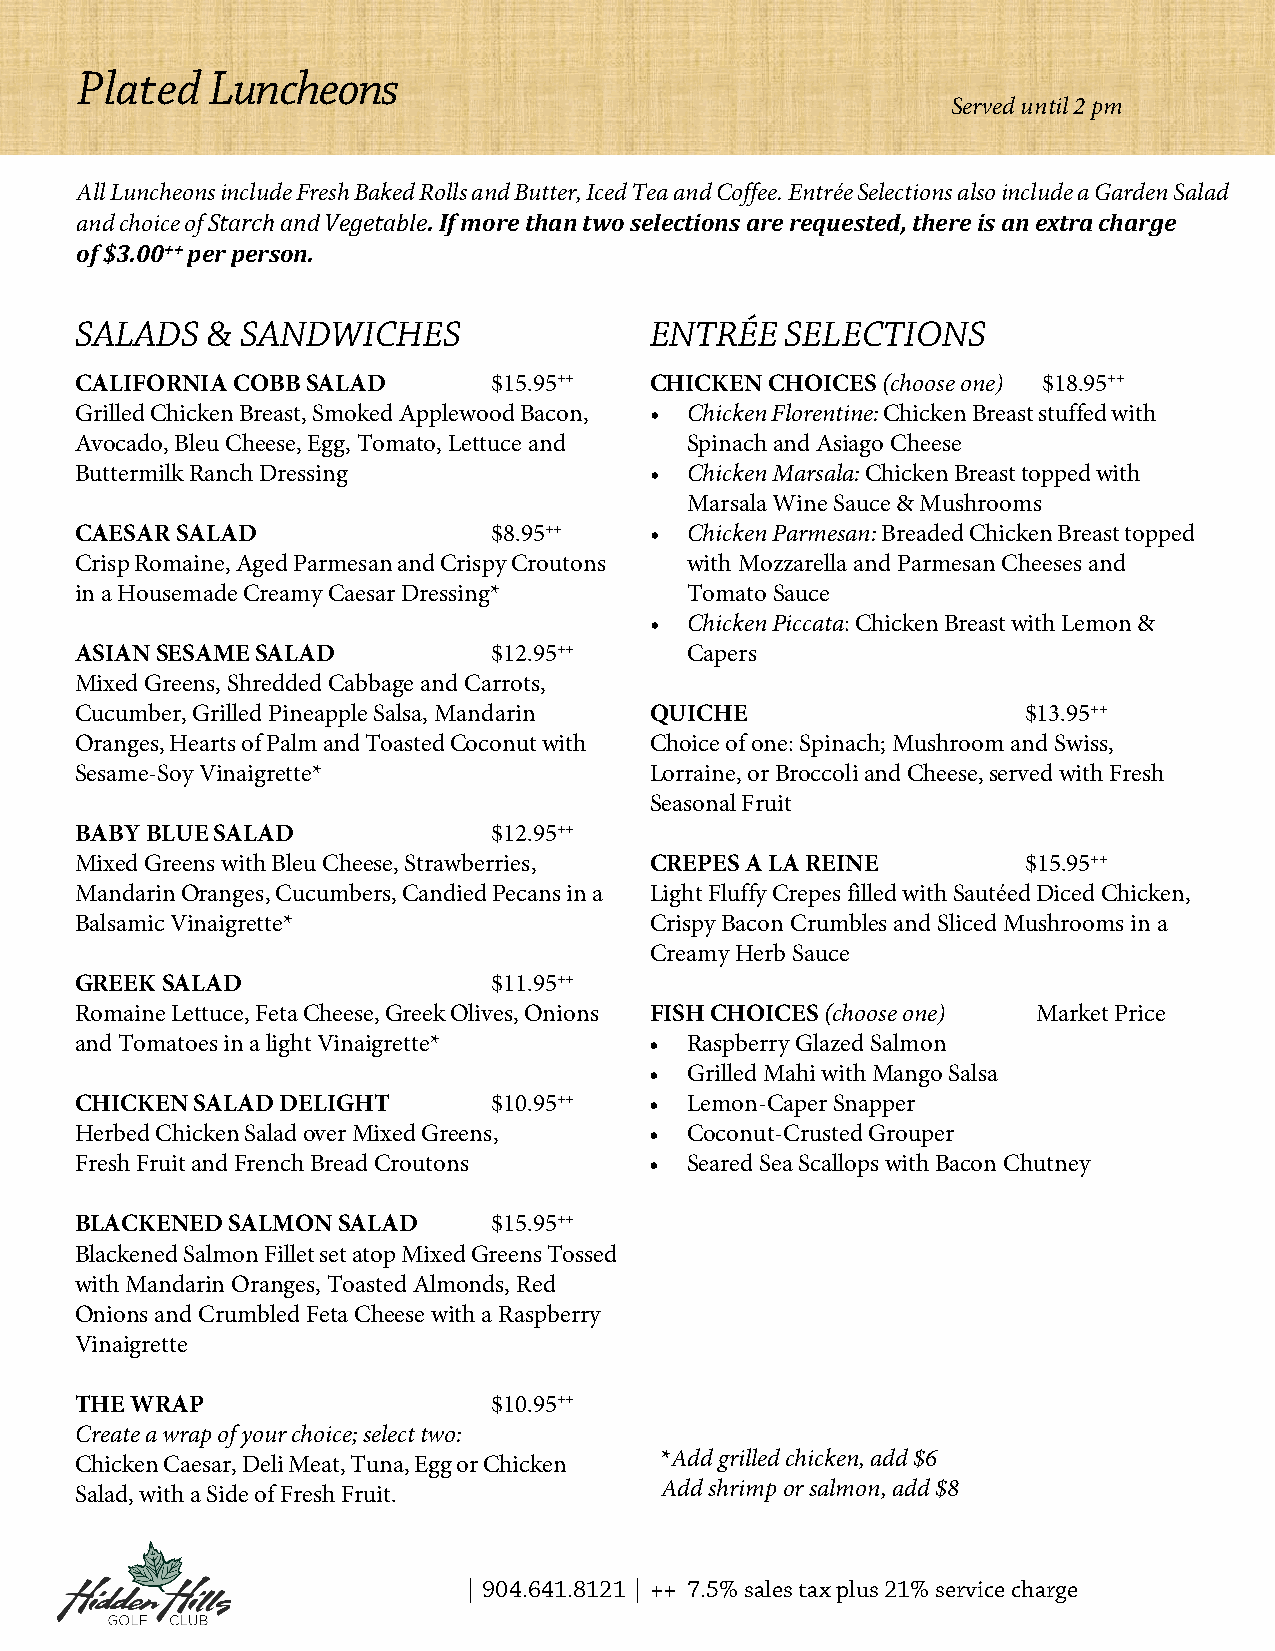
Plated   Luncheons
 Served until 2 pm
 Luncheon
 All Luncheons include Fresh Baked Rolls and Butter, Iced Tea and Coffee. Entrée Selections also include a Garden Salad
 and choice of Starch and Vegetable. If more than two selections are requested, there is an extra charge
 of $3.00++per person.
 SALADS   & SANDWICHES                 ENTRÉE   SELECTIONS
 CALIFORNIA COBB SALAD       $15.95++  CHICKEN CHOICES (choose one) $18.95++
 Grilled Chicken Breast, Smoked Applewood Bacon, • Chicken Florentine: Chicken Breast stuffed with
 Avocado, Bleu Cheese, Egg, Tomato, Lettuce and Spinach and Asiago Cheese
 Buttermilk Ranch Dressing             • Chicken Marsala: Chicken Breast topped with
 Marsala Wine Sauce & Mushrooms
 CAESAR SALAD                $8.95++   • Chicken Parmesan: Breaded Chicken Breast topped
 Crisp Romaine, Aged Parmesan and Crispy Croutons with Mozzarella and Parmesan Cheeses and
 in a Housemade Creamy Caesar Dressing*  Tomato Sauce
 • Chicken Piccata: Chicken Breast with Lemon &
 ASIAN SESAME SALAD          $12.95++    Capers
 Mixed Greens, Shredded Cabbage and Carrots,
 Cucumber, Grilled Pineapple Salsa, Mandarin QUICHE             $13.95++
 Oranges, Hearts of Palm and Toasted Coconut with Choice of one: Spinach; Mushroom and Swiss,
 Sesame-Soy Vinaigrette*               Lorraine, or Broccoli and Cheese, served with Fresh
 Seasonal Fruit
 BABY BLUE SALAD             $12.95++
 Mixed Greens with Bleu Cheese, Strawberries, CREPES A LA REINE $15.95++
 Mandarin Oranges, Cucumbers, Candied Pecans in a Light Fluffy Crepes filled with Sautéed Diced Chicken,
 Balsamic Vinaigrette*                 Crispy Bacon Crumbles and Sliced Mushrooms in a
 Creamy Herb Sauce
 GREEK SALAD                 $11.95++
 Romaine Lettuce, Feta Cheese, Greek Olives, Onions FISH CHOICES (choose one) Market Price
 and Tomatoes in a light Vinaigrette*  • Raspberry Glazed Salmon
 • Grilled Mahi with Mango Salsa
 CHICKEN SALAD DELIGHT       $10.95++  • Lemon-Caper Snapper
 Herbed Chicken Salad over Mixed Greens, • Coconut-Crusted Grouper
 Fresh Fruit and French Bread Croutons • Seared Sea Scallops with Bacon Chutney
 BLACKENED SALMON SALAD      $15.95++
 Blackened Salmon Fillet set atop Mixed Greens Tossed
 with Mandarin Oranges, Toasted Almonds, Red
 Onions and Crumbled Feta Cheese with a Raspberry
 Vinaigrette
 THE WRAP                    $10.95++
 Create a wrap of your choice; select two:
 Chicken Caesar, Deli Meat, Tuna, Egg or Chicken *Add grilled chicken, add $6
 Salad, with a Side of Fresh Fruit.     Add shrimp or salmon, add $8
 | 904.641.8121 | ++ 7.5% sales tax plus 21% service charge